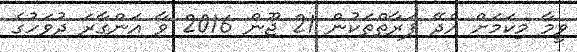
ވީމާ މިކަމަށް އެދޭ ފަރާތްތަކުން 21 ޖޫން 2016 ވާ އަންގާރަ ދުވަހުގެ